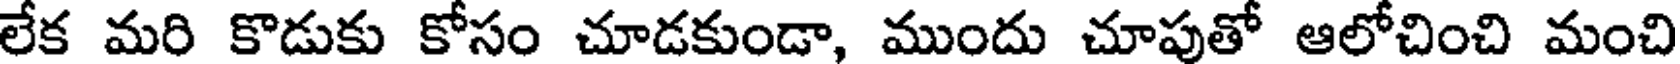
లేక మరి కొడుకు కోసం చూడకుండా, ముందు చూపుతో ఆలోచించి మంచి